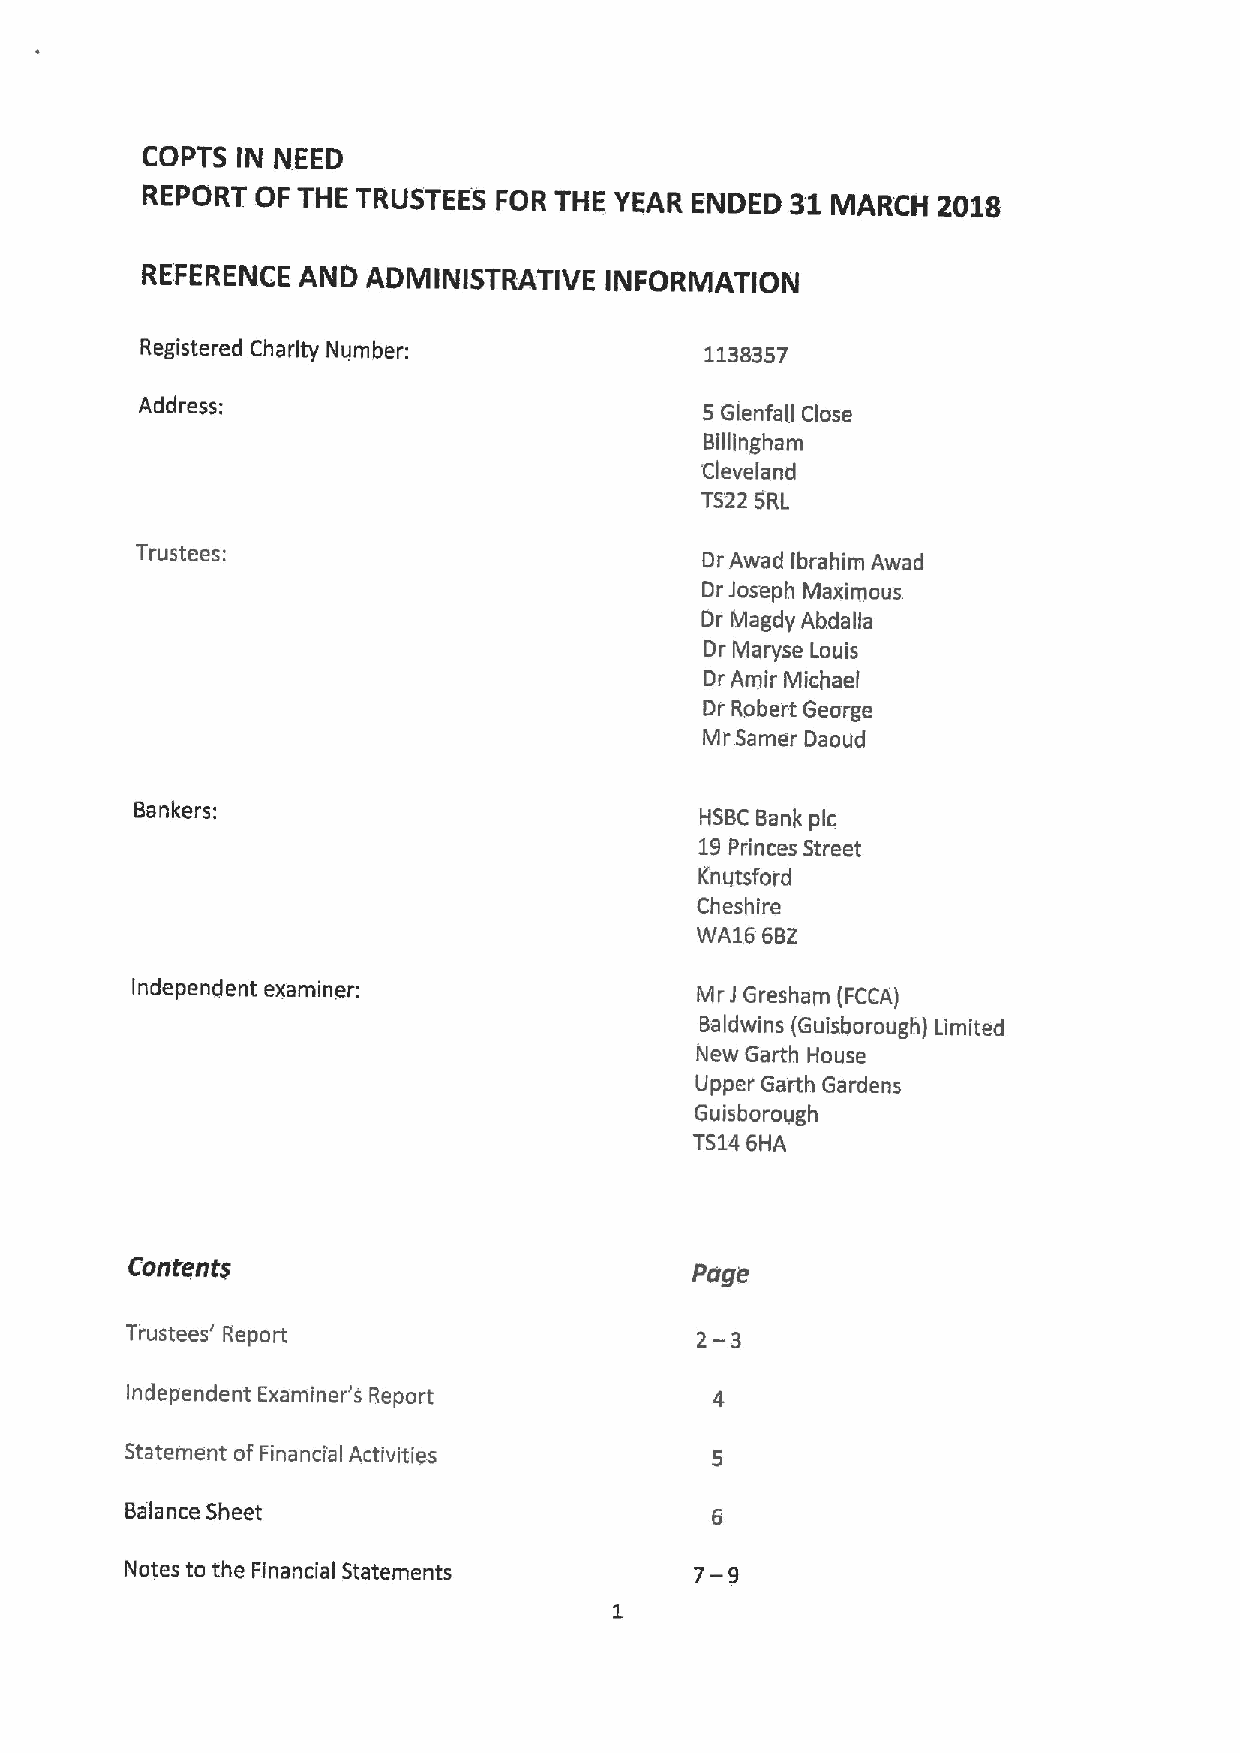
COPTS  IN NEED
 REPORT  OF THE TRUSTEES FOR THE YEAR ENDED 31 MARCH  2018
 REFERENCE  AND ADMINISTRATIVE  INFORMATION
 Registered Charity Number:            1138357
 Address:
 5 Glenfall Close
 Billingham
 Cleveland
 TS22 SRL
 Trustees:
 Dr Awad Ibrahim Awad
 Dr Joseph Maximous
 Or Magdy Abdalla
 Dr Maryse Louis
 Dr Amir Michael
 DI Robert George
 Mr Samer Daoud
 Bankers:
 HSBC Bank pic
 19Princes Street
 Knutsford
 Cheshire
 WA16 6BZ
 Independent examiner:                Mr J Gresham (FCCA)
 Baldwins (Guisborough) Limited
 New Garth House
 Upper Garth Gardens
 Guisborough
 TS146HA
 Contents
 Page
 Trustees' Report                      2— 3
 Independent Examiner's Report
 Statement ofFinancial Activities
 Balance Sheet
 Notes to the Financial Statements     7— 9